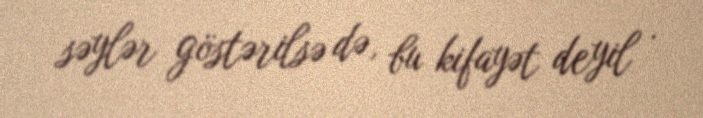
səylər göstərilsə də, bu kifayət deyil .